Lunatic asylums Madras 1892-1911 - 1892-1911
Year: 1892
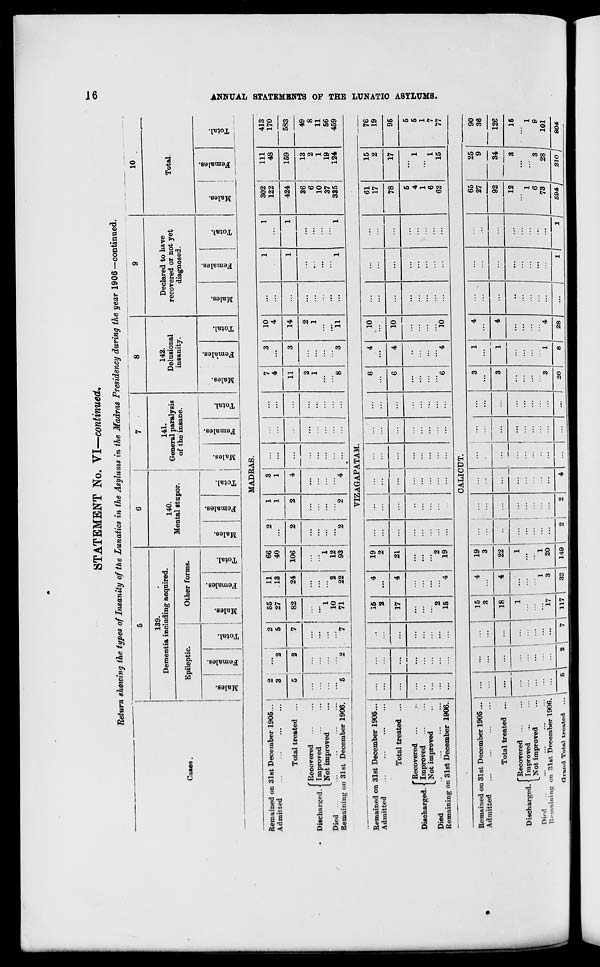
STATEMENT No. VI—continued.
Return showing the types of Insanity of the Lunatics in the Asylums in the Madras Presidency during the year 1906 —continued.
OS
139.
Dementia inclading acquired.
Epileptic.
Other forms.
•J.
.2
o
oo
00
0)
-3
O
140.
Mental stupor.
CO
G
00
"3
S
141.
General paralysis
of the insane.
o
CO
"3
00
o
3
S c
o
142.
Delusional
insanity.
m
CD
3
00
.-3
ID
ce
O
Declared to have
recovered or not yet
diagnosed.
00
CD
3
00
3
S
to
o
10
Total
m
CD
3
00
cc
a
CD
O
MADRAS.
2
00
g
O
►3
00
a
00
Remained on 31st December 1905...
Admitted
Discharged.•
Died ...
Total treated
Recovered
Improved
Not improved
Remaining on 31st December 1906.
2
...
2
3
2
5
5
2
7
5 !
2
7
55
27
82
1
10
71
VIZAGAPATAM.
CALICUT.
Remained on 31st December 1905
Admitted
Total treated ...
J" Recovered ...
Discharged. J Improved
L Not improved
Died
Remaining on "1st December 1906.
Gravid Total treated
15
3
18
17
117
32
19 |
3
22
1
20
149
4
4
20
28
11
66
2
1
3
7
3
10
1
1
302
111
13
40
...
1
1
...
...
4
...
4
...
122
48
24
106
2
2
4
11
3
14
...
1
1
424
159
2
2
36
13
1
1
6
2
1
...
,,,
10
1
2
12
37
19
22
93
2
2
4
...
...
...
8
3
11
...
1
1
335
124
65
27
92
12
413
170
583
49
8
11
56
459
Remained on 31st December 1905...
Admitted
...
15
2
17
4
19
2
...
:::
...
6
4
10
..,
...
61
17
15
2
17
76
19
Total treated ...
...
...
4
21
...
...
...
...
6
4
10
...
...
78
96
f Recovered ...
Discharged. \ Improved
L Not improved
Died
Remaining on 31st December 1906.
...
...
...
2
15
4
2
19
...
...
...
...
...
6
"4
io
...
...
...
5
4
1
6
62
1
1
15
5
5
1
7
77
25
9
34
90
36
126
28
16
1
9
101
594
210
804